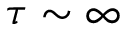
\tau \sim \infty